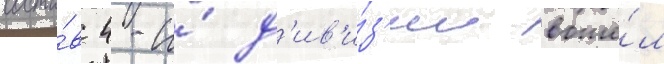
соста́в 4-и́ д'ив'и́з'ии вошё́л